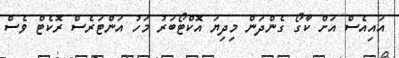
އައިއެސް އަށް ކާގޯ ގެންދަން މިދިޔަ އޮކްޓޯބަރު މަހު އަންޓަރެސް ރޮކެޓް ވެސް